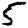
Digit: 5